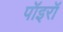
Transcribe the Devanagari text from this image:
पॉइरॉ